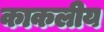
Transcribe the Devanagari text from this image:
काकलीय